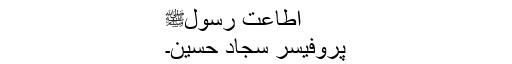
اطاعت رسولﷺ
پروفیسر سجاد حسین۔